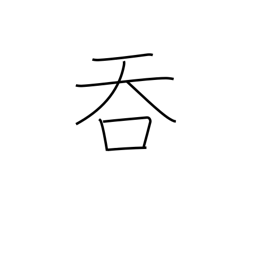
Meaning: annex